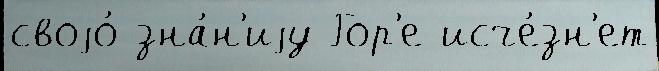
своjо́ зна́н'иjу Гор'е исче́зн'ет